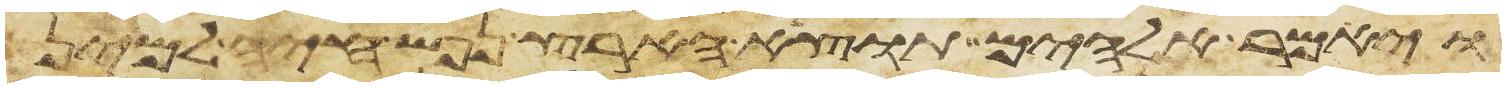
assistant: ויאמר אלהים תוצא הארץ נפש חיה למינה